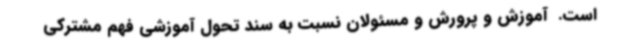
است. ‌ آموزش و پرورش و مسئولان نسبت به سند تحول آموزشی فهم مشترکی